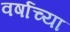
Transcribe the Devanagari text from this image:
वर्षाच्‍या